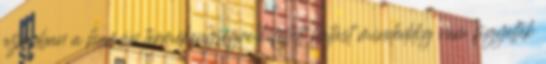
azonban a humán termékenységre kifejtett hatást mindeddig nem figyeltek